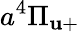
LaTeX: a^{4}\Pi_{\mathbf{u}+}